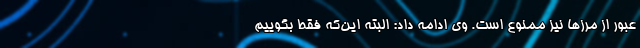
عبور از مرزها نیز ممنوع است. وی ادامه داد: البته این‌که فقط بگوییم